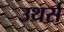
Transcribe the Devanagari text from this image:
उथर्स